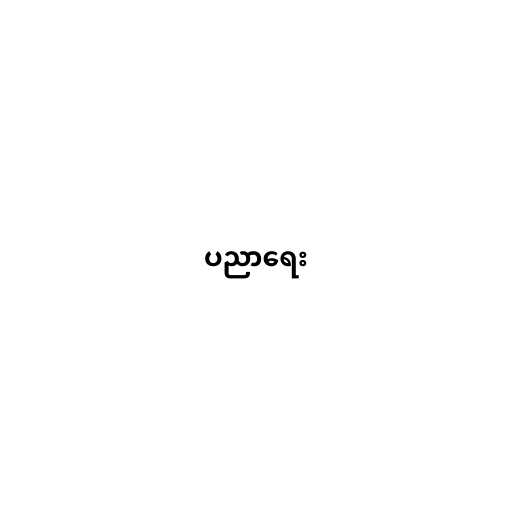
ပညာရေး